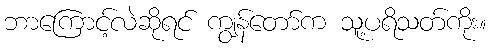
ဘာကြောင့်လဲဆိုရင် ကျွန်တော်က သူ့ပရိသတ်ကိုး။